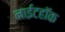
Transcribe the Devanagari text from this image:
नाईटहॉक